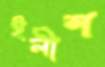
ইলীশ